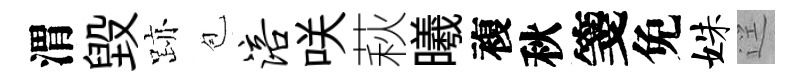
渭毁跡苞涪咲萩曦複秋箋免姝逕